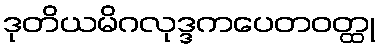
ဒုတိယမိဂလုဒ္ဒကပေတဝတ္ထု